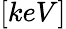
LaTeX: [keV]